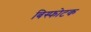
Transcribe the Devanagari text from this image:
बिस्फोटक